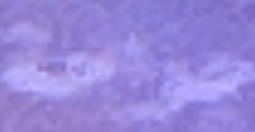
جراحة